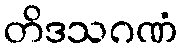
တိဒသဂဏံ